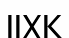
ІІХК